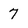
Character: 7